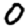
Digit: 0